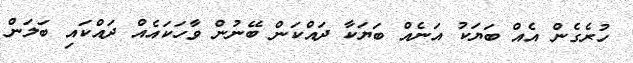
ހުރެގެން އެއް ބަޔަކު އަނެއް ބަޔަކާ ދައްކަން ބޭނުން ވާހަކައެއް ދައްކައި ބަލަން